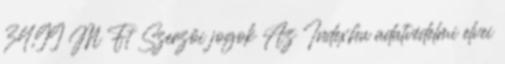
34,99 M Ft Szerzői jogok Az Index.hu adatvédelmi elvei